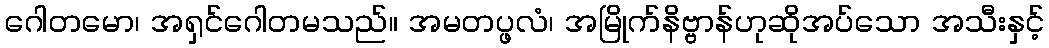
ဂေါတမော၊ အရှင်ဂေါတမသည်။ အမတပ္ဖလံ၊ အမြိုက်နိဗ္ဗာန်ဟုဆိုအပ်သော အသီးနှင့်